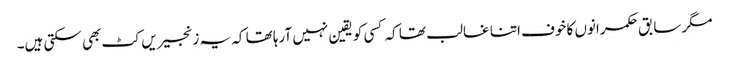
مگر سابق حکمرانوں کا خوف اتنا غالب تھا کہ کسی کو یقین نہیں آرہا تھا کہ یہ زنجیریں کٹ بھی سکتی ہیں۔